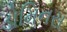
ડોમિનસ